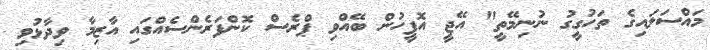
މައްސަލައިގެ ތަހުގީގު ނުނިމޭތީ" އޭޖީ އޮފީހުން ބޭއްވި ޕްރެސް ކޮންފަރެންސެއްގައި އާޒިމާ ވިދާޅުވި